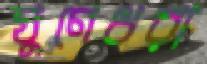
ঘুণেধরা